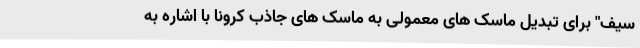
سیف" برای تبدیل ماسک های معمولی به ماسک های جاذب کرونا با اشاره به